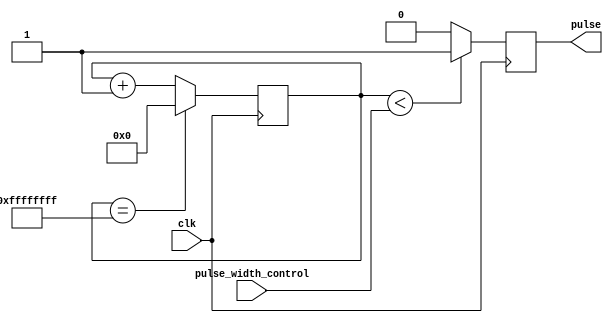
module DutyCyclePulseGenerator (
    input wire clk,
    input wire [31:0] pulse_width_control,
    output reg pulse
);

reg [31:0] counter;
reg pulse_generated;

always @(posedge clk) begin
    if (counter < pulse_width_control) begin
        pulse_generated <= 1;
    end else begin
        pulse_generated <= 0;
    end

    if (counter == 32'hffffffff) begin
        counter <= 0;
    end else begin
        counter <= counter + 1;
    end
end

assign pulse = pulse_generated;

endmodule